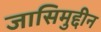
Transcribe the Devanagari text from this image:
जासिमुद्दीन